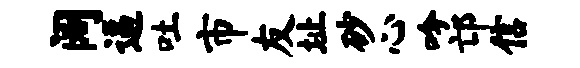
阔逼吐市友址砂心吟邙信